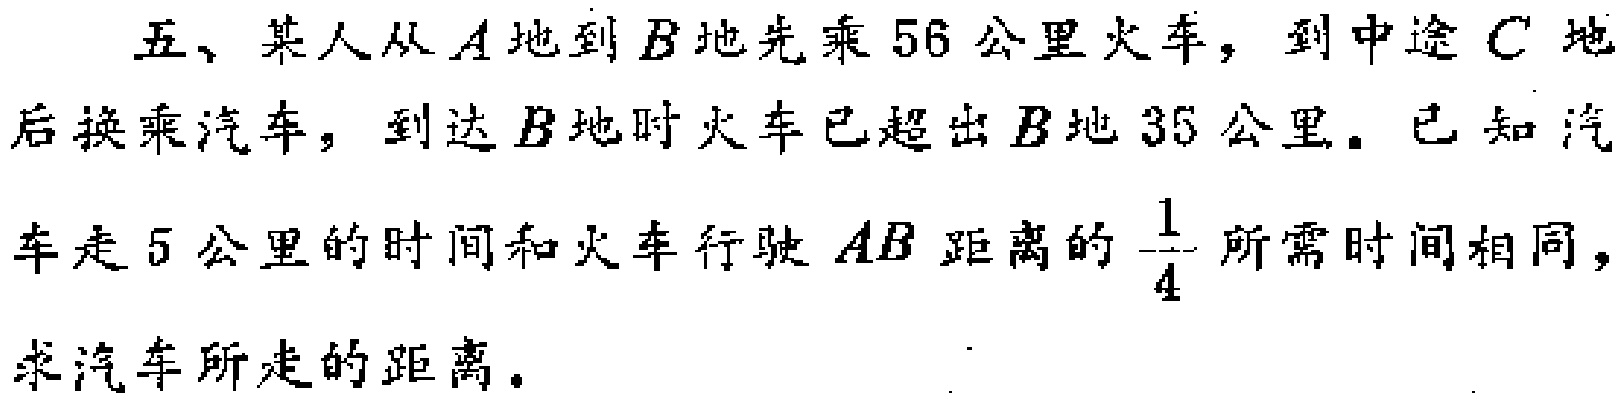
五、某人从\(A\)地到\(B\)地先乘\(56\)公里火车，到中途\(C\)地后换乘汽车，到达\(B\)地时火车已超出\(B\)地\(35\)公里。已知汽车走\(5\)公里的时间和火车行驶\(AB\)距离的\(\frac{1}{4}\)所需时间相同，求汽车所走的距离。